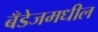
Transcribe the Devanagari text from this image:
बँडेजमधील